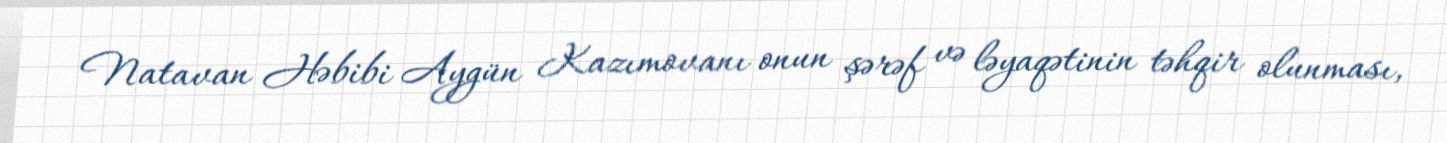
Natavan Həbibi Aygün Kazımovanı onun şərəf və ləyaqətinin təhqir olunması,